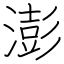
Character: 澎